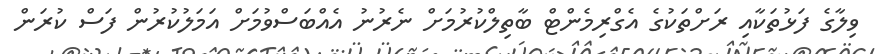
ވިލާގެ ފަޅުތަކާއި ރަށްތަކުގެ އެގްރިމެންޓް ބާތިލްކުރުމަށް ނެރުނު އެއްބަސްވުމަށް އަމަލުކުރުން ފަސް ކުރަން